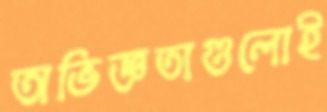
অভিজ্ঞতাগুলোই